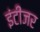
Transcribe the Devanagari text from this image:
इंटीजर